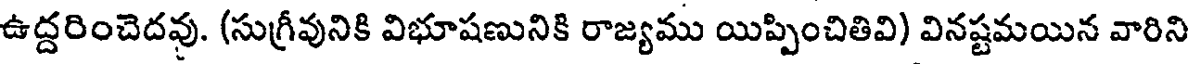
ఉద్దరించెదవు. (సుగ్రీవునికి విభూషణునికి రాజ్యము యిప్పించితివి) వినష్టమయిన వారిని